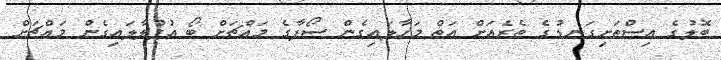
ބޮލުގެ އިސްތަށިގަނޑުގެ ތެރެއަށް އަތް މަހާލައިގެން ސޯފާގެ މައްޗަށް ބޯ އުފުލާލައިގެން މައްޗަށް